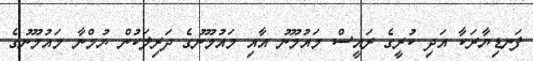
ފަނޑިޔާރަކާ އަދި ކުރީގެ ރައީސް މައުމޫނު އާއި މައުމޫނުގެ ދަރިލަކުން ޔުމްނާ މައުމޫނުގެ